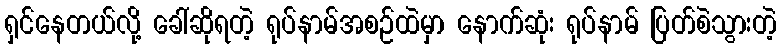
ရှင်နေတယ်လို့ ခေါ်ဆိုရတဲ့ ရုပ်နာမ်အစဉ်ထဲမှာ နောက်ဆုံး ရုပ်နာမ် ပြတ်စဲသွားတဲ့